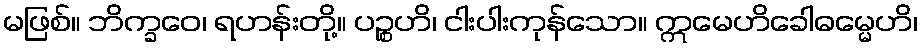
မဖြစ်။ ဘိက္ခဝေ၊ ရဟန်းတို့။ ပဉ္စဟိ၊ ငါးပါးကုန်သော။ ဣမေဟိခေါဓမ္မေဟိ၊